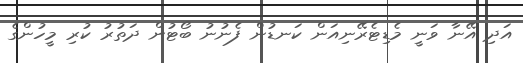
އަދި އޭނާ ވަނީ މެޑިޓެރޭނިއަން ކަނޑުން ފެނުނު ބޯޓުން ދަތުރު ކުރި މީހުންގެ